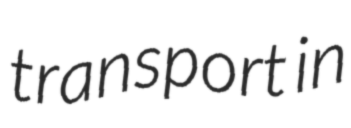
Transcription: transport in